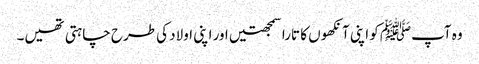
وہ آپﷺ کو اپنی آنکھوں کا تارا سمجھتیں اور اپنی اولاد کی طرح چاہتی تھیں۔